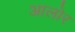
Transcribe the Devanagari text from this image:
आलोर